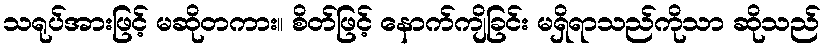
သရုပ်အားဖြင့် မဆိုတကား။ စိတ်ဖြင့် နောက်ကျိခြင်း မရှိရာသည်ကိုသာ ဆိုသည်